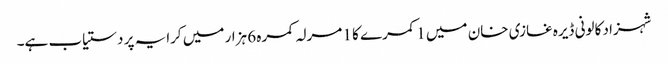
شہزاد کالونی ڈیرہ غازی خان میں 1 کمرے کا 1 مرلہ کمرہ 6 ہزار میں کرایہ پر دستیاب ہے۔